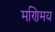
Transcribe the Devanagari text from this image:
मणिमय